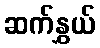
ဆက်နွှယ်